Annual report of the Punjab Veterinary College and of the Civil Veterinary Department, Punjab - 1894-1908
Year: 1894
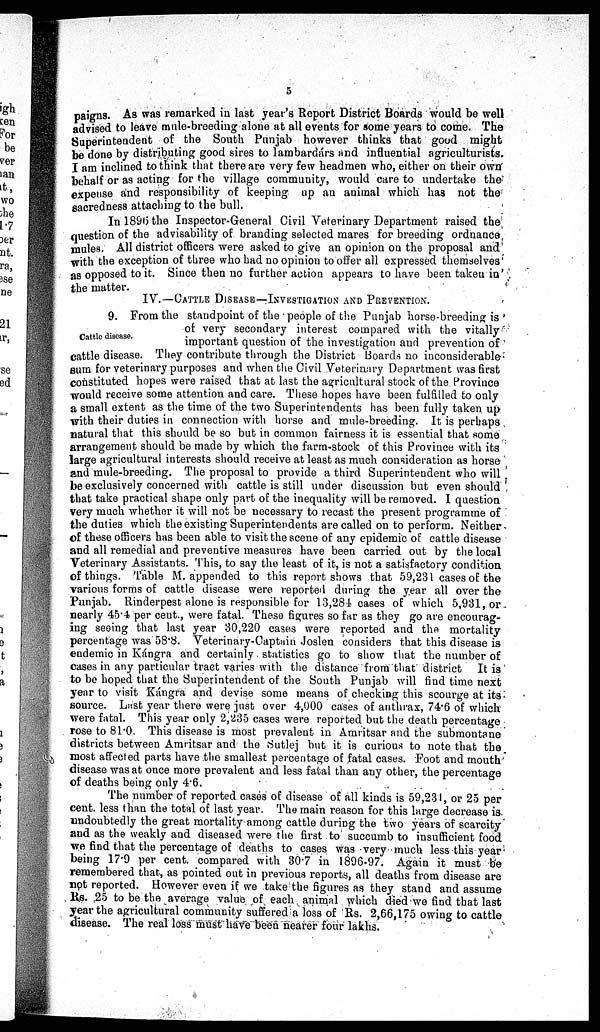
5
paigns. As was remarked in last year's Report District Boards would be well
advised to leave mule-breeding alone at all events for some years to come. The
Superintendent of the South Punjab however thinks that good might
be done by distributing good sires to lambardárs and influential agriculturists.
I am inclined to think that there are very few headmen who, either on their own
behalf or as acting for the village community, would care to undertake the
expense and responsibility of keeping up an animal which has not the
sacredness attaching to the bull.
In 1896 the Inspector-General Civil Veterinary Department raised the
question of the advisability of branding selected mares for breeding ordnance
mules. All district officers were asked to give an opinion on the proposal and
with the exception of three who had no opinion to offer all expressed themselves
as opposed to it. Since then no further action appears to have been taken in
the matter.
IV.—CATTLE DISEASE—IVESTIGATION AND PREVENTION.
Cattle disease.
9. From the standpoint of the people of the Punjab horse-breeding is
of very secondary interest compared with the vitally
important question of the investigation and prevention of
cattle disease. They contribute through the District Boards no inconsiderable
sum for veterinary purposes and when the Civil Veterinary Department was first
constituted hopes were raised that at last the agricultural stock of the Province
would receive some attention and care. These hopes have been fulfilled to only
a small extent as the time of the two Superintendents has been fully taken up
with their duties in connection with horse and mule-breeding. It is perhaps
natural that this should be so but in common fairness it is essential that some
arrangement should be made by which the farm-stock of this Province with its
large agricultural interests should receive at least as much consideration as horse
and mule-breeding. The proposal to provide a third Superintendent who will
be exclusively concerned with cattle is still under discussion but even should
that take practical shape only part of the inequality will be removed. I question
very much whether it will not be necessary to recast the present programme of
the duties which the existing Superintendents are called on to perform. Neither
of these officers has been able to visit the scene of any epidemic of cattle disease
and all remedial and preventive measures have been carried out by the local
Veterinary Assistants. This, to say the least of it, is not a satisfactory condition
of things. Table M. appended to this report shows that 59,231 cases of the
various forms of cattle disease were reported during the year all over the
Punjab. Rinderpest alone is responsible for 13,284 cases of which 5,931, or
nearly 45.4 per cent., were fatal. These figures so far as they go are encourag-
ing seeing that last year 30,220 cases were reported and the mortality
percentage was 58.8. Veterinary-Captain Joslen considers that this disease is
endemic in Kángra and certainly statistics go to show that the number of
cases in any particular tract varies with the distance from that district It is
to be hoped that the Superintendent of the South Punjab will find time next
year to visit Kángra and devise some means of checking this scourge at its
source. Last year there were just over 4,000 cases of anthrax, 74.6 of which
were fatal. This year only 2,235 cases were reported but the death percentage
rose to 81.0. This disease is most prevalent in Amritsar and the submontane
districts between Amritsar and the Sutlej but. it is curious to note that the
most affected parts have the smallest percentage of fatal cases. Foot and mouth
disease was at once more prevalent and less fatal than any other, the percentage
of deaths being only 4.6.
The number of reported cases of disease of all kinds is 59,231, or 25 per
cent. less than the total of last year. The main reason for this large decrease is
undoubtedly the great mortality among cattle during the two years of scarcity
and as the weakly and diseased were the first to succumb to insufficient food
we find that the percentage of deaths to cases was very much less this year
being 17.9 per cent, compared with 30.7 in 1896-97. Again it must be
remembered that, as pointed out in previous reports, all deaths from disease are
not reported. However even if we take the figures as they stand and assume
Rs. 25 to be the average value of each animal which died we find that last
year the agricultural community suffered a loss of Rs. 2,66,175 owing to cattle
disease. The real loss must have been nearer four lakhs.